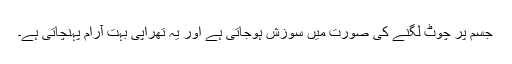
جسم پر چوٹ لگنے کی صورت میں سوزش ہوجاتی ہے اور یہ تھراپی بہت آرام پہنچاتی ہے۔